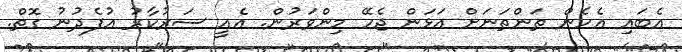
އެބައި އެހެން ތަންތަނަށް އަޅަން ޖެހޭ މިންވަރުން. އެއީ ސަރުކާރު އުފެދުނު ގޮތް.